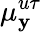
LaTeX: \mu_{\mathbf{y}}^{u\tau}